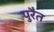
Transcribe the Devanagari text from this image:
पुरैत